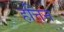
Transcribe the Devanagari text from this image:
हत्तिन